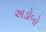
અડોબો